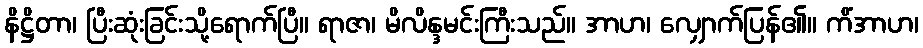
နိဋ္ဌိတာ၊ ပြီးဆုံးခြင်းသို့ရောက်ပြီ။ ရာဇာ၊ မိလိန္ဒမင်းကြီးသည်။ အာဟ၊ လျှောက်ပြန်၏။ ကိံအာဟ၊